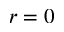
r = 0